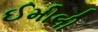
ઈમીલી